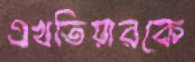
এখতিয়ারকে